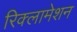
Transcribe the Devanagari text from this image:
रिक्लामेशन